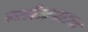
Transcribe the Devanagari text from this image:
स्तोत्रपठण